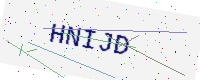
Text: HNIJD